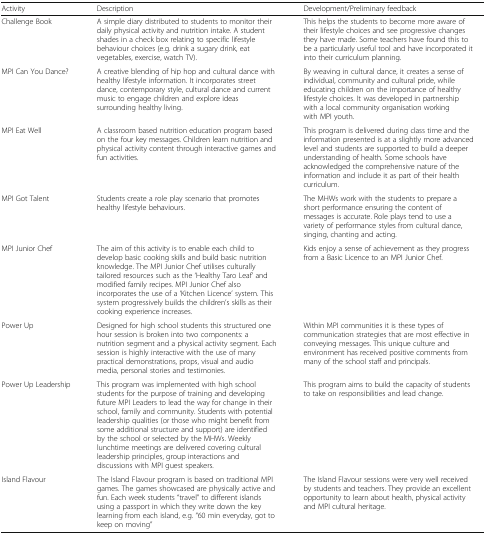
<table><thead><tr><td><b>Activity</b></td><td><b>Description</b></td><td><b>Development/Preliminary feedback</b></td></tr></thead><tbody><tr><td>Challenge Book</td><td>A simple diary distributed to students to monitor their daily physical activity and nutrition intake. A student shades in a check box relating to specific lifestyle behaviour choices (e.g. drink a sugary drink, eat vegetables, exercise, watch TV).</td><td>This helps the students to become more aware of their lifestyle choices and see progressive changes they have made. Some teachers have found this to be a particularly useful tool and have incorporated it into their curriculum planning.</td></tr><tr><td>MPI Can You Dance?</td><td>A creative blending of hip hop and cultural dance with healthy lifestyle information. It incorporates street dance, contemporary style, cultural dance and current music to engage children and explore ideas surrounding healthy living.</td><td>By weaving in cultural dance, it creates a sense of individual, community and cultural pride, while educating children on the importance of healthy lifestyle choices. It was developed in partnership with a local community organisation working with MPI youth.</td></tr><tr><td>MPI Eat Well</td><td>A classroom based nutrition education program based on the four key messages. Children learn nutrition and physical activity content through interactive games and fun activities.</td><td>This program is delivered during class time and the information presented is at a slightly more advanced level and students are supported to build a deeper understanding of health. Some schools have acknowledged the comprehensive nature of the information and include it as part of their health curriculum.</td></tr><tr><td>MPI Got Talent</td><td>Students create a role play scenario that promotes healthy lifestyle behaviours.</td><td>The MHWs work with the students to prepare a short performance ensuring the content of messages is accurate. Role plays tend to use a variety of performance styles from cultural dance, singing, chanting and acting.</td></tr><tr><td>MPI Junior Chef</td><td>The aim of this activity is to enable each child to develop basic cooking skills and build basic nutrition knowledge. The MPI Junior Chef utilises culturally tailored resources such as the ‘Healthy Taro Leaf’ and modified family recipes. MPI Junior Chef also incorporates the use of a ‘Kitchen Licence’ system. This system progressively builds the children’s skills as their cooking experience increases.</td><td>Kids enjoy a sense of achievement as they progress from a Basic Licence to an MPI Junior Chef.</td></tr><tr><td>Power Up</td><td>Designed for high school students this structured one hour session is broken into two components: a nutrition segment and a physical activity segment. Each session is highly interactive with the use of many practical demonstrations, props, visual and audio media, personal stories and testimonies.</td><td>Within MPI communities it is these types of communication strategies that are most effective in conveying messages. This unique culture and environment has received positive comments from many of the school staff and principals.</td></tr><tr><td>Power Up Leadership</td><td>This program was implemented with high school students for the purpose of training and developing future MPI Leaders to lead the way for change in their school, family and community. Students with potential leadership qualities (or those who might benefit from some additional structure and support) are identified by the school or selected by the MHWs. Weekly lunchtime meetings are delivered covering cultural leadership principles, group interactions and discussions with MPI guest speakers.</td><td>This program aims to build the capacity of students to take on responsibilities and lead change.</td></tr><tr><td>Island Flavour</td><td>The Island Flavour program is based on traditional MPI games. The games showcased are physically active and fun. Each week students “travel” to different islands using a passport in which they write down the key learning from each island, e.g. “60 min everyday, got to keep on moving”</td><td>The Island Flavour sessions were very well received by students and teachers. They provide an excellent opportunity to learn about health, physical activity and MPI cultural heritage.</td></tr></tbody></table>